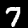
Label: 7